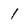
Character: 1